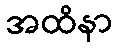
အထိနာ